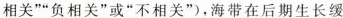
相关””负相关”或”不相关”)，海带在后期生长缓